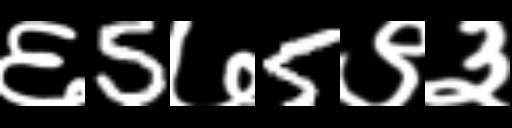
Text: ६5७5९३